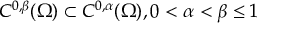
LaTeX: C ^ { 0 , \beta } ( \Omega ) \subset C ^ { 0 , \alpha } ( \Omega ) , 0 < \alpha < \beta \leq 1